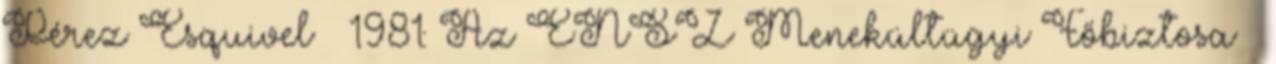
Pérez Esquivel · 1981: Az ENSZ Menekültügyi Főbiztosa ·